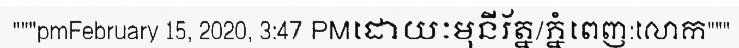
"""pmFebruary 15, 2020, 3:47 PMដោយៈមុនីរ័ត្ន/ភ្នំពេញ:លោក"""